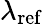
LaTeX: \lambda_{\mathrm{ref}}